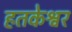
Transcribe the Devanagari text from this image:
हतकेश्वर